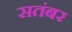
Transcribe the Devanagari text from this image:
सतंबर